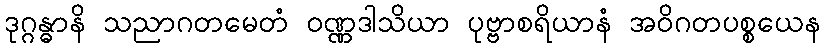
ဒုဂ္ဂန္ဓာနိ သညာဂတမေတံ ဝဏ္ဏဒါသိယာ ပုဗ္ဗာစရိယာနံ အဝိဂတပစ္စယေန